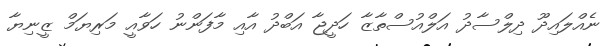
ނެއްލައިދޫ ދިލްސާދު އަލްއުސްތާޒާ ހަދީޖާ އަބްދު އާއި މާފަންނު ހަވާއީ މަރިޔަމް ޒީނިޔާ